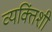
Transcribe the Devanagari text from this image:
व्यक्तिंशी